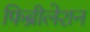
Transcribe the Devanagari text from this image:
फिब्रीलेशन